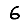
Digit: 6